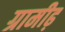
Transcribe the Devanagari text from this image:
ग्रामीढ़